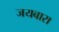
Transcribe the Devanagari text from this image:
जयबारा